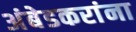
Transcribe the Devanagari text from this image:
अंबेडकरांना